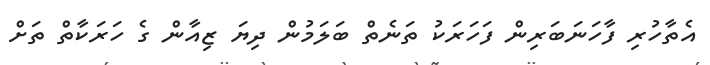
އެތާހުރި ފާހަނަބަރިން ފަހަރަކު ތަނެތް ބަލަމުން ދިޔަ ޒިއާން ގެ ހަރަކާތް ތަށް